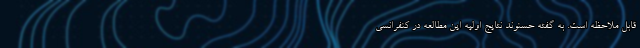
قابل ملاحظه است. به گفته حسنوند نتایج اولیه این مطالعه در کنفرانسی